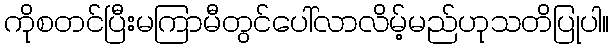
ကိုစတင်ပြီးမကြာမီတွင်ပေါ်လာလိမ့်မည်ဟုသတိပြုပါ။